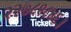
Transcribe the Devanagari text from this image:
२२७८९८४६।